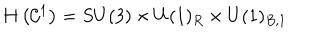
LaTeX: H \left( { \cal C } ^ { 1 } \right) = S U ( 3 ) \times U ( 1 ) _ { R } \times U ( 1 ) _ { B , 1 }